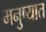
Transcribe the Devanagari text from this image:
मनुष्यात